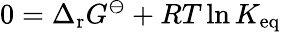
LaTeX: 0=\Delta_{\mathrm{r}}G^{\ominus}+RT\ln K_{\mathrm{eq}}